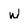
Character: w